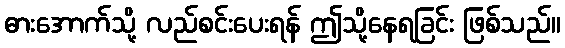
ဓားအောက်သို့ လည်စင်းပေးရန် ဤသို့နေရခြင်း ဖြစ်သည်။